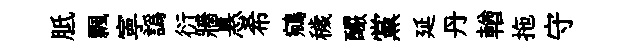
胝飄寕譌衍牆悬希鵷穢釅黨延丹輶拖守